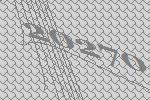
20270